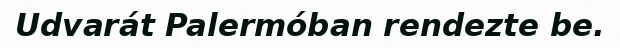
Udvarát Palermóban rendezte be.